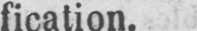
fication.